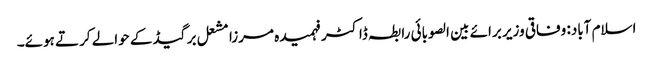
اسلام آباد: وفاقی وزیر برائے بین الصوبائی رابطہ ڈاکٹر فہمیدہ مرزا مشعل برگیڈ کے حوالے کرتے ہوئے۔